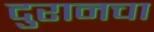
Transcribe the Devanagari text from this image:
दुरानचा